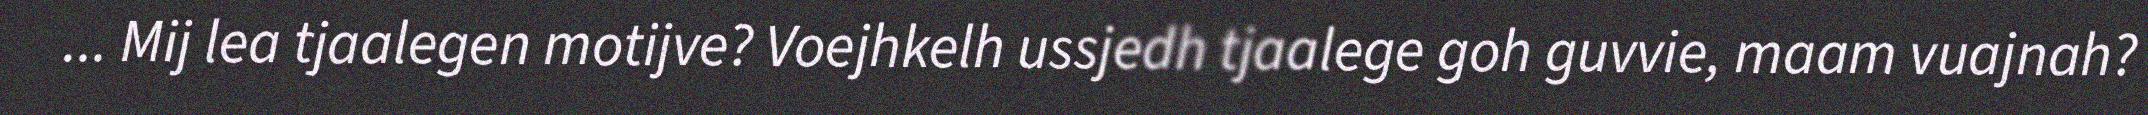
... Mij lea tjaalegen motijve? Voejhkelh ussjedh tjaalege goh guvvie, maam vuajnah?